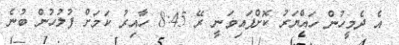
އެ ދެމީހުން ހައްޔަރު ކޮށްފައިވަނީ ރޭ 8:45 ހާއިރު ކަމަށް ފުލުހުން ބުނެ